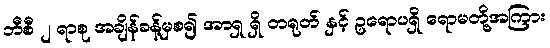
ဘီစီ ၂ ရာစု အချိန်ခန့်မှစ၍ အာရှ ရှိ တရုတ် နှင့် ဥရောပရှိ ရောမတို့အကြား